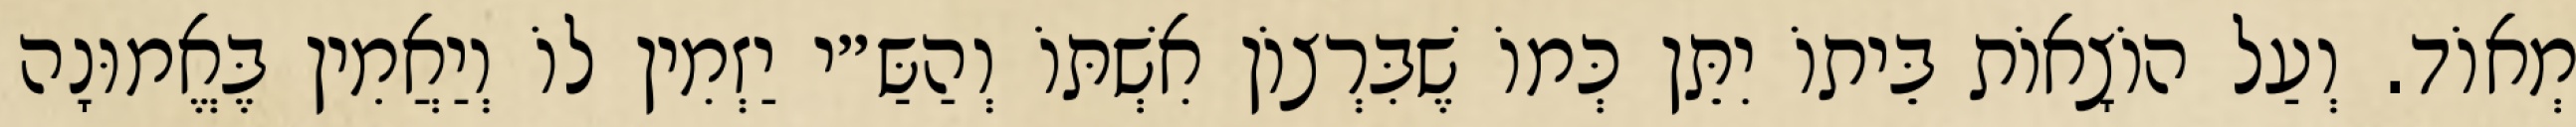
מְאוֹד. וְעַל הוֹצָאוֹת בֵּיתוֹ יִתֵּן כְּמוֹ שֶׁבִּרְצוֹן אִשְׁתּוֹ וְהַשַּ״י יַזְמִין לוֹ וְיַאֲמִין בֶּאֱמוּנָה